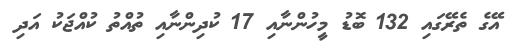
އޭގެ ތެރޭގައި 132 ބޮޑު މީހުންނާއި 17 ކުދިންނާއި ތުއްތު ކުއްޖަކު އަދި